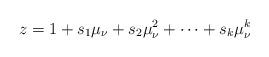
LaTeX: \begin{align*}z=1+s_{1}\mu_{\nu}+s_{2}\mu_{\nu}^{2}+\dots+s_{k}\mu_{\nu}^{k}\end{align*}